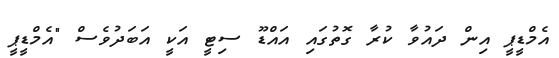
އެމްޑީޕީ އިން ދައުވާ ކުރާ ގޮތުގައި އައްޑޫ ސިޓީ އަކީ އަބަދުވެސް "އެމްޑީޕީ